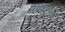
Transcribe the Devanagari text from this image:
बिओगेरोन्तोलोगिस्त्स